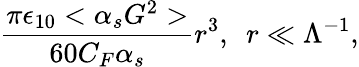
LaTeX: \frac{\pi\epsilon_{10}<\alpha_{s}G^{2}>}{60C_{F}\alpha_{s}}r^{3},\ \ r\ll\Lambda^{-1},